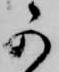
可